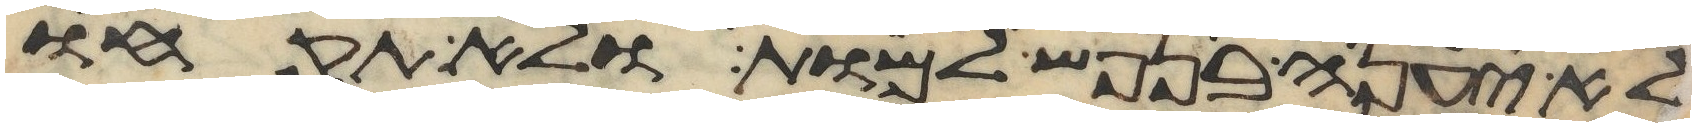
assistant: לא יענה בנפש למות ולא תקחו